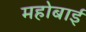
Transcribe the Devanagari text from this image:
महोबाई